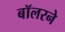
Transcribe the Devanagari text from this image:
बॉलरने